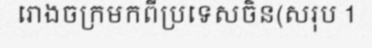
រោងចក្រមកពីប្រទេសចិន(សរុប 1